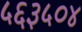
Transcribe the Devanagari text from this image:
५६३५०४